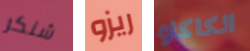
شنكر ريزو الكاكاو